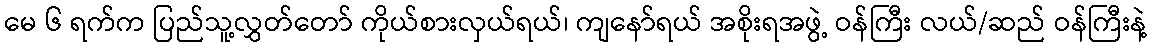
မေ ၆ ရက်က ပြည်သူ့လွှတ်တော် ကိုယ်စားလှယ်ရယ်၊ ကျနော်ရယ် အစိုးရအဖွဲ့ ဝန်ကြီး လယ်/ဆည် ဝန်ကြီးနဲ့